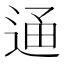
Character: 𨓥